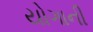
યોગાની